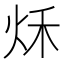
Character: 秌